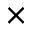
\times